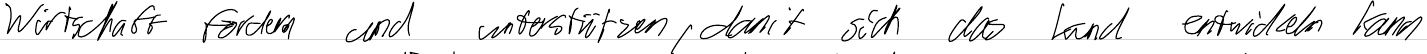
Wirtschaft fördern und unterstützen, damit sich das Land entwickeln kann